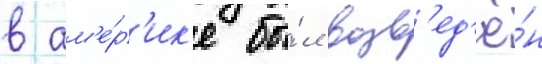
в ам'е́р'ик'е бы́л возв'ед'ё́н